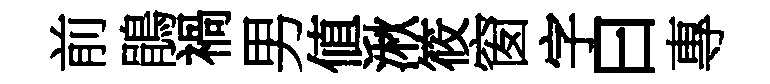
前鵑禍男値湫筱窗字曰專